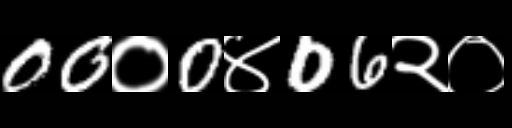
Text: 00०0४06२०